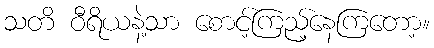
သတိ ဝီရိယနဲ့သာ စောင့်ကြည့်နေကြတော့။